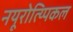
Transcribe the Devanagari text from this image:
नयूरोत्य्पिकल